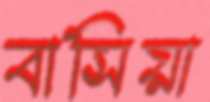
বাসিয়া